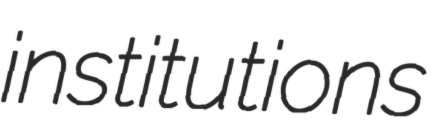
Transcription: institutions